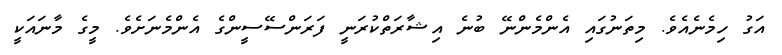
އަގު ހިމެނެއެވެ. މިތަނުގައި އެންމެންނޭ ބުނެ އިޝާރަތްކުރަނީ ފަރަންސޭސީންގެ އެންމެނަށެވެ. މީގެ މާނައަކީ